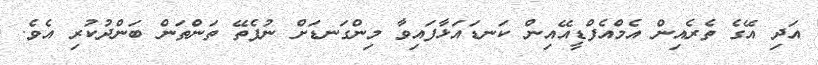
އަދި އޭގެ ތެރެއިން އެމްއެފްޑީއޭއިން ކަނޑައަޅާފައިވާ މިންގަނޑަށް ނުފެތޭ ތަންތަން ބަންދުކުރި އެވެ.